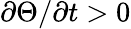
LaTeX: \partial\Theta/\partial t>0